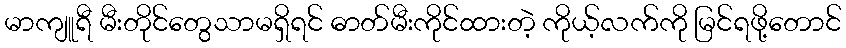
မာကျူရီ မီးတိုင်တွေသာမရှိရင် ဓာတ်မီးကိုင်ထားတဲ့ ကိုယ့်လက်ကို မြင်ရဖို့တောင်